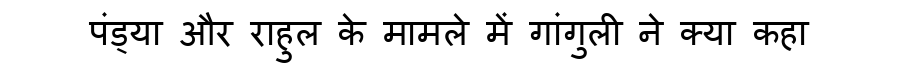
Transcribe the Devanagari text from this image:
पंड्या और राहुल के मामले में गांगुली ने क्या कहा